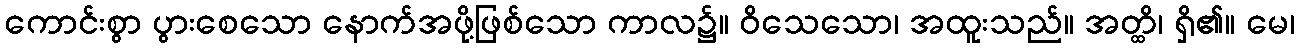
ကောင်းစွာ ပွားစေသော နောက်အဖို့ဖြစ်သော ကာလ၌။ ဝိသေသော၊ အထူးသည်။ အတ္ထိ၊ ရှိ၏။ မေ၊